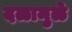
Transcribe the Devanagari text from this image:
दळामुळे